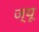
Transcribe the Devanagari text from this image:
ज्‍यू